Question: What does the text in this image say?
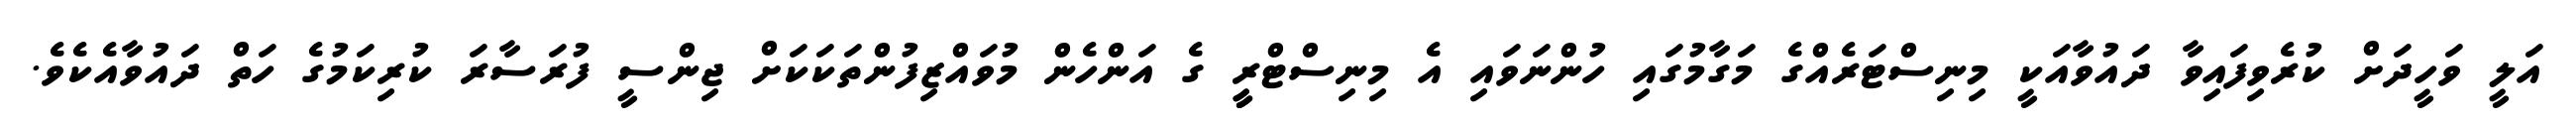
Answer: އަލީ ވަހީދަށް ކުރެވިފައިވާ ދައުވާއަކީ މިނިސްޓަރެއްގެ މަގާމުގައި ހުންނަވައި އެ މިނިސްޓްރީީ ގެ އަންހެން މުވައްޒިފުންތަކަކަށް ޖިންސީ ފުރަސާރަ ކުރިކަމުގެ ހަތް ދައުވާއެކެވެ.